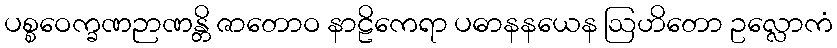
ပစ္စဝေက္ခဏဉာဏန္တိ ဇာတောဝ နာဠိကေရာ ပဓာနနယေန ဩဟိတော ဥလ္လောကံ